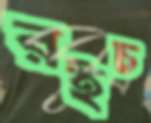
রইচ